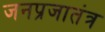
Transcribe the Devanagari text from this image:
जनप्रजातंत्र